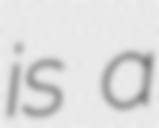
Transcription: is a